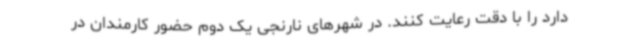
دارد را با دقت رعایت کنند. در شهرهای نارنجی یک دوم حضور کارمندان در